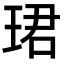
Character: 珺